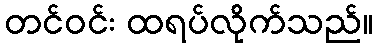
တင်ဝင်း ထရပ်လိုက်သည်။